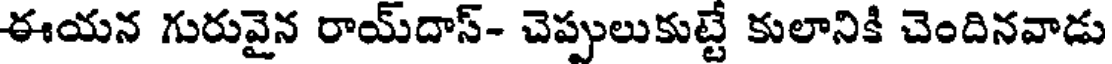
ఈయన గురువైన రాయ్దాస్- చెప్పులుకుట్టే కులానికి చెందినవాడు